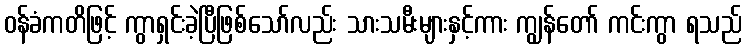
ဝန်ခံကတိဖြင့် ကွာရှင်းခဲ့ပြီဖြစ်သော်လည်း သားသမီးများနှင့်ကား ကျွန်တော် ကင်းကွာ ရသည်